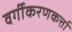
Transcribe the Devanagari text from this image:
वर्गीकरणकर्त्ता